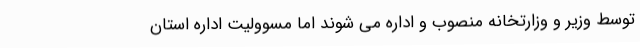
توسط وزیر و وزارتخانه منصوب و اداره می شوند اما مسوولیت اداره استان